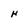
Character: H